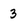
Character: 3